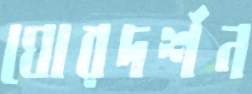
ঘোরদর্শন